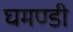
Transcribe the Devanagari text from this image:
घमण्‍डी